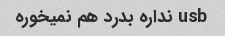
usb نداره بدرد هم نمیخوره